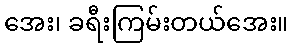
အေး၊ ခရီးကြမ်းတယ်အေး။